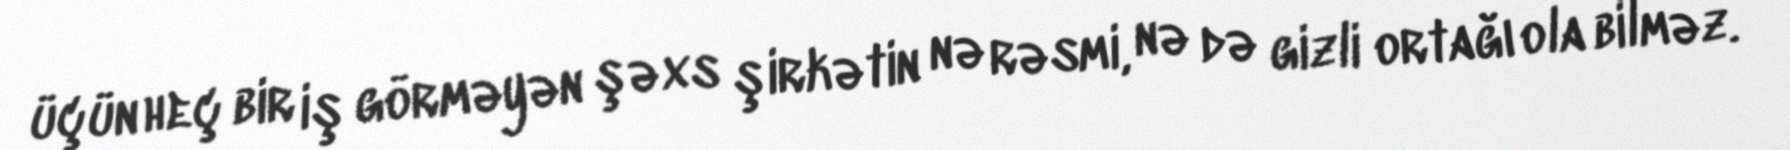
üçün heç bir iş görməyən şəxs şirkətin nə rəsmi, nə də gizli ortağı ola bilməz.